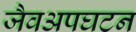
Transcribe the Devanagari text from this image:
जैवअपघटन